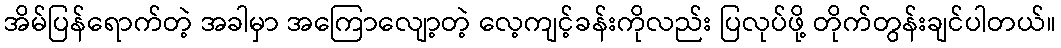
အိမ်ပြန်ရောက်တဲ့ အခါမှာ အကြောလျော့တဲ့ လေ့ကျင့်ခန်းကိုလည်း ပြလုပ်ဖို့ တိုက်တွန်းချင်ပါတယ်။